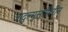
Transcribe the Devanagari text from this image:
जादुल्मुसाफ़िरीन